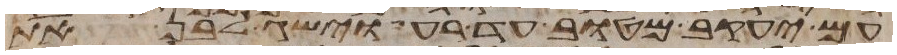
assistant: עם יעקב מטוב עד רע וישג לבן את